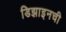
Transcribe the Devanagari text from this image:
डिझाइनची